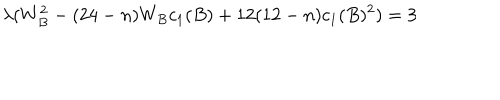
LaTeX: \lambda ( W _ { B } ^ { 2 } - ( 2 4 - n ) W _ { B } c _ { 1 } ( B ) + 1 2 ( 1 2 - n ) c _ { 1 } ( B ) ^ { 2 } ) = 3